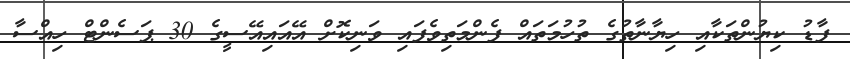
ފާޑު ކިޔުންތަކާއި ހިޔާނާތުގެ ތުހުމަތައް ފެންމަތިވެފައި ވަނިކޮށް އޭއައިއޭސީގެ 30 ޕަސެންޓް ހިއްސާ